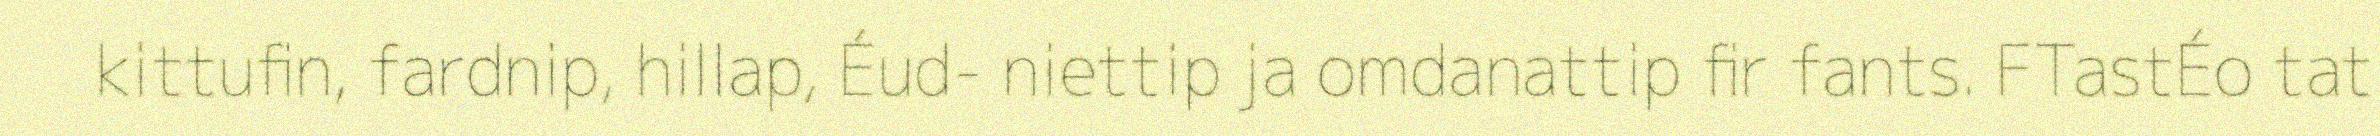
kittufin, fardnip, hillap, Éud- niettip ja omdanattip fir fants. FTastÉo tat